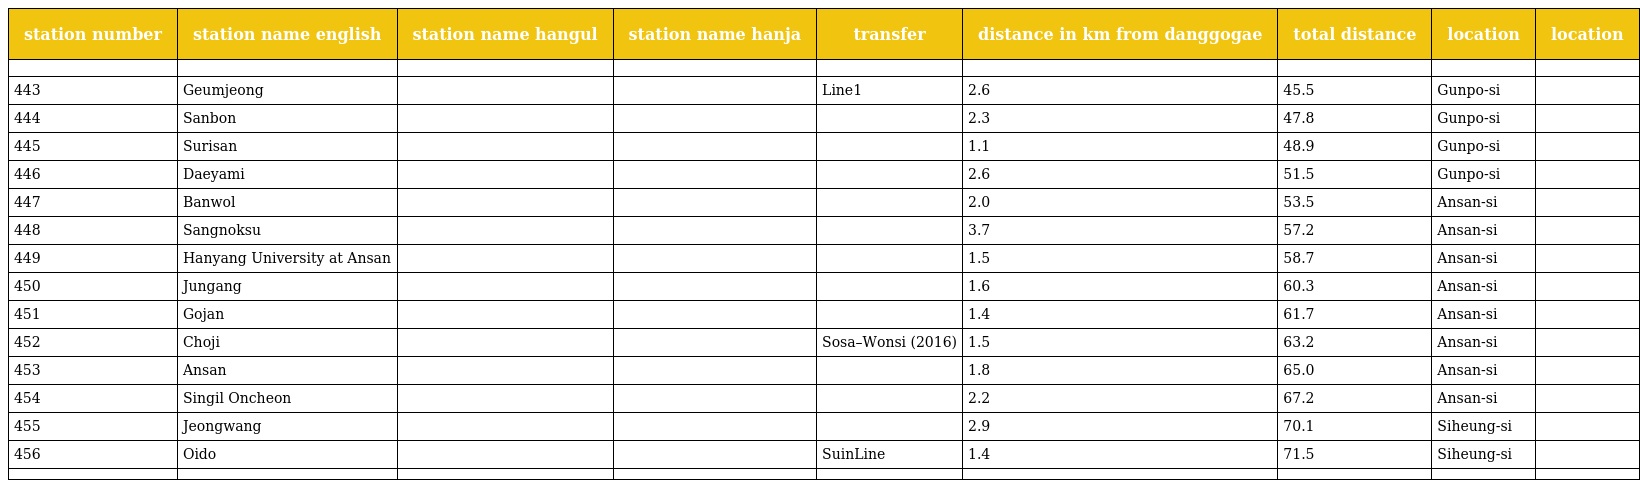
| station number | station name english | station name hangul | station name hanja | transfer | distance in km from danggogae | total distance | location | location |
 | --- | --- | --- | --- | --- | --- | --- | --- | --- |
 |  |  |  |  |  |  |  |  |  |
 | 443 | Geumjeong | 금정 | 衿 井 | Line1 | 2.6 | 45.5 | Gunpo-si |  |
 | 444 | Sanbon | 산본 | 山 本 |  | 2.3 | 47.8 | Gunpo-si |  |
 | 445 | Surisan | 수리산 | 修 理 山 |  | 1.1 | 48.9 | Gunpo-si |  |
 | 446 | Daeyami | 대야미 | 大 夜 味 |  | 2.6 | 51.5 | Gunpo-si |  |
 | 447 | Banwol | 반월 | 半 月 |  | 2.0 | 53.5 | Ansan-si |  |
 | 448 | Sangnoksu | 상록수 | 常 綠 樹 |  | 3.7 | 57.2 | Ansan-si |  |
 | 449 | Hanyang University at Ansan | 한대앞 | 漢 大 앞 |  | 1.5 | 58.7 | Ansan-si |  |
 | 450 | Jungang | 중앙 | 中 央 |  | 1.6 | 60.3 | Ansan-si |  |
 | 451 | Gojan | 고잔 | 古 棧 |  | 1.4 | 61.7 | Ansan-si |  |
 | 452 | Choji | 초지 | 草 芝 | Sosa–Wonsi (2016) | 1.5 | 63.2 | Ansan-si |  |
 | 453 | Ansan | 안산 | 安 山 |  | 1.8 | 65.0 | Ansan-si |  |
 | 454 | Singil Oncheon | 신길온천 | 新 吉 溫 泉 |  | 2.2 | 67.2 | Ansan-si |  |
 | 455 | Jeongwang | 정왕 | 正 往 |  | 2.9 | 70.1 | Siheung-si |  |
 | 456 | Oido | 오이도 | 烏 耳 島 | SuinLine | 1.4 | 71.5 | Siheung-si |  |
 |  |  |  |  |  |  |  |  |  |